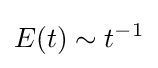
E(t)\sim t^{-1}